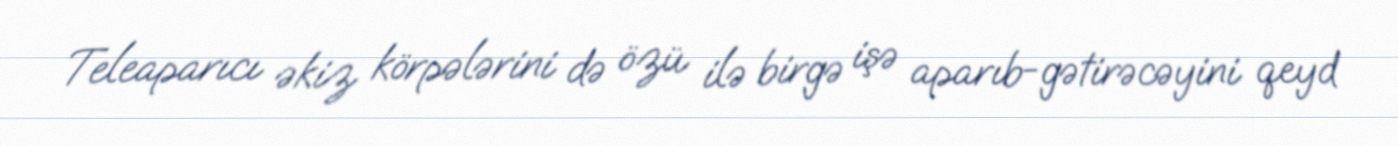
Teleaparıcı əkiz körpələrini də özü ilə birgə işə aparıb-gətirəcəyini qeyd